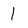
Character: 1